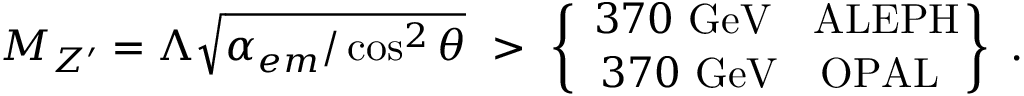
M _ { Z ^ { \prime } } = \Lambda \sqrt { \alpha _ { e m } / \cos ^ { 2 } \theta } \ > \ \left\{ \ { 3 7 0 \ \mathrm { G e V } \ \ \ \mathrm { A L E P H } } \atop { 3 7 0 \ \mathrm { G e V } \ \ \ \mathrm { O P A L } } \right\} \ .